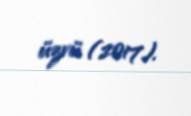
üzvü (2017).